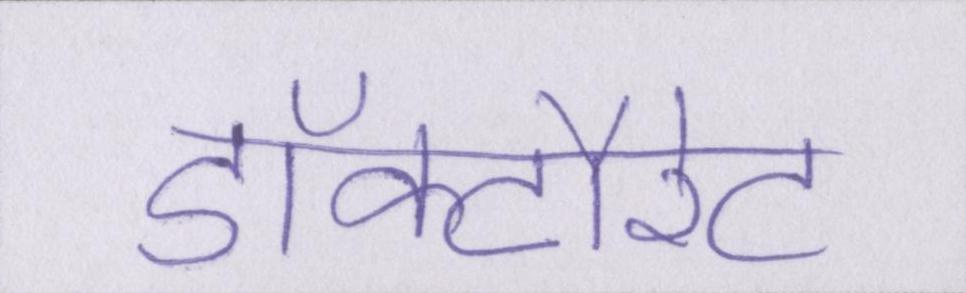
डॉक्टौरेट